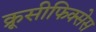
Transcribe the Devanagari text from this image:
क्रूसीफिक्‍सेस